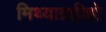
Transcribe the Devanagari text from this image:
मिथ्याग्रहीहो